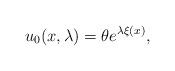
LaTeX: \begin{align*}u_0(x,\lambda)=\theta e^{\lambda \xi(x)},\end{align*}